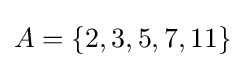
A=\{2,3,5,7,11\}